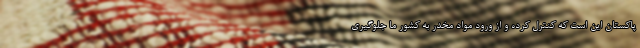
پاکستان این است که کنترل کرده و از ورود مواد مخدر به کشور ما جلوگیری